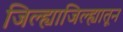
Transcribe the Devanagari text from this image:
जिल्ह्याजिल्ह्यातून